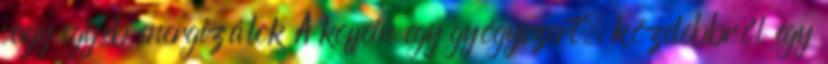
vagy egyéb energizálok A koffein egy gyógyszert, közelebbről egy